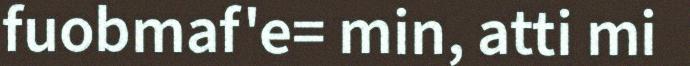
fuobmaf'e= min, atti mi